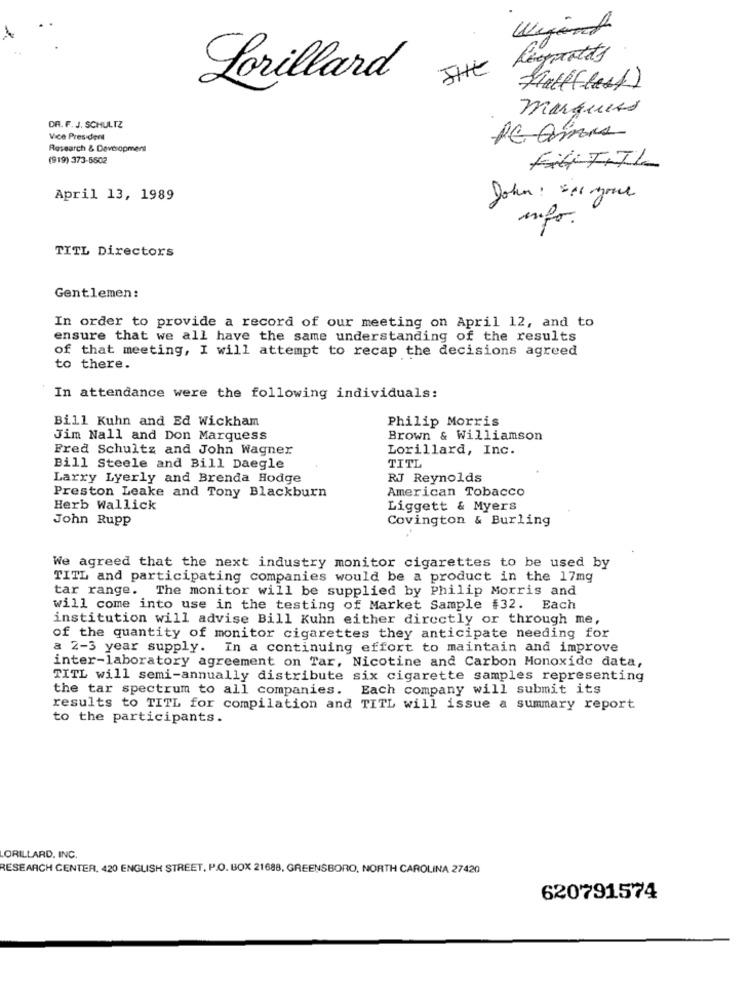
Wijont
THE
Lorillard
Fullflest)
marques
DR. F. J. SCHULTZ
Vice President
PE amis
Research & Devesopment
(919) 373-5502
Fili TITL
April 13, 1989
John : see your
TITL Directors
Gentlemen:
In order to provide a record of our meeting on April 12, and to
ensure that we all have the same understanding of the results
of that meeting, I will attempt to recap the decisions agreed
to there.
In attendance were the following individuals:
Bill Kuhn and Ed Wickham
Philip Morris
Jim Nall and Don Marquess
Brown & Williamson
Fred Schultz and John Wagner
Lorillard, Inc.
TITL
Bill Steele and Bill Daegle
Larry Lyerly and Brenda Hodge
RJ Reynolds
American Tobacco
Preston Leake and Tony Blackburn
Herb Wallick
Liggett & Myers
John Rupp
Covington & Burling
We agreed that the next industry monitor cigarettes to be used by
TITL and participating companies would be a product in the 17mg
tar range. The monitor will be supplied by Philip Morris and
will come into use in the testing of Market Sample #32. Each
institution will advise Bill Kuhn either directly or through me,
of the quantity of monitor cigarettes they anticipate needing for
a 2-3 year supply. In a continuing effort to maintain and improve
inter-laboratory agreement on Tar, Nicotine and Carbon Monoxide data,
TITL will semi-annually distribute six cigarette samples representing
the tar spectrum to all companies.
Each company will submit its
results to TITL for compilation and TITL will issue a summary report
to the participants.
ORILLARD, INC.
RESEARCH CENTER, 420 ENGLISH STREET, P.O. BOX 21688, GREENSBORO, NORTH CAROLINA 27420
620791574